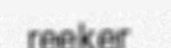
reeker